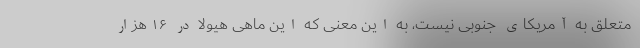
متعلق به آمریکای جنوبی نیست، به این معنی که این ماهی هیولا در ۱۶ هزار